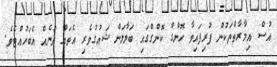
އުސް އިމާރާތްތަކުން ފުރިފައިވާ ހޮންގް ކޮންގްގައި ބަލާލަން ޝައުގުވެރި އެތައް ތަނެއް އެބަހުއްޓެވެ.